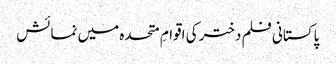
پاکستانی فلم دختر کی اقوامِ متحدہ میں نمائش